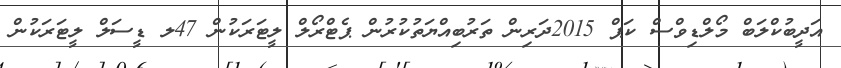
އަދީބުކްލަބް މޯލްޑިވްސް ކަޕް 2015ދަރިން ތަރުބިއްޔަތުކުރުން ޕެޓްރޯލް ލީޓަރަކުން 47ލ ޑީސަލް ލީޓަރަކުން